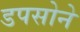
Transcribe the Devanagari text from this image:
डपसोने